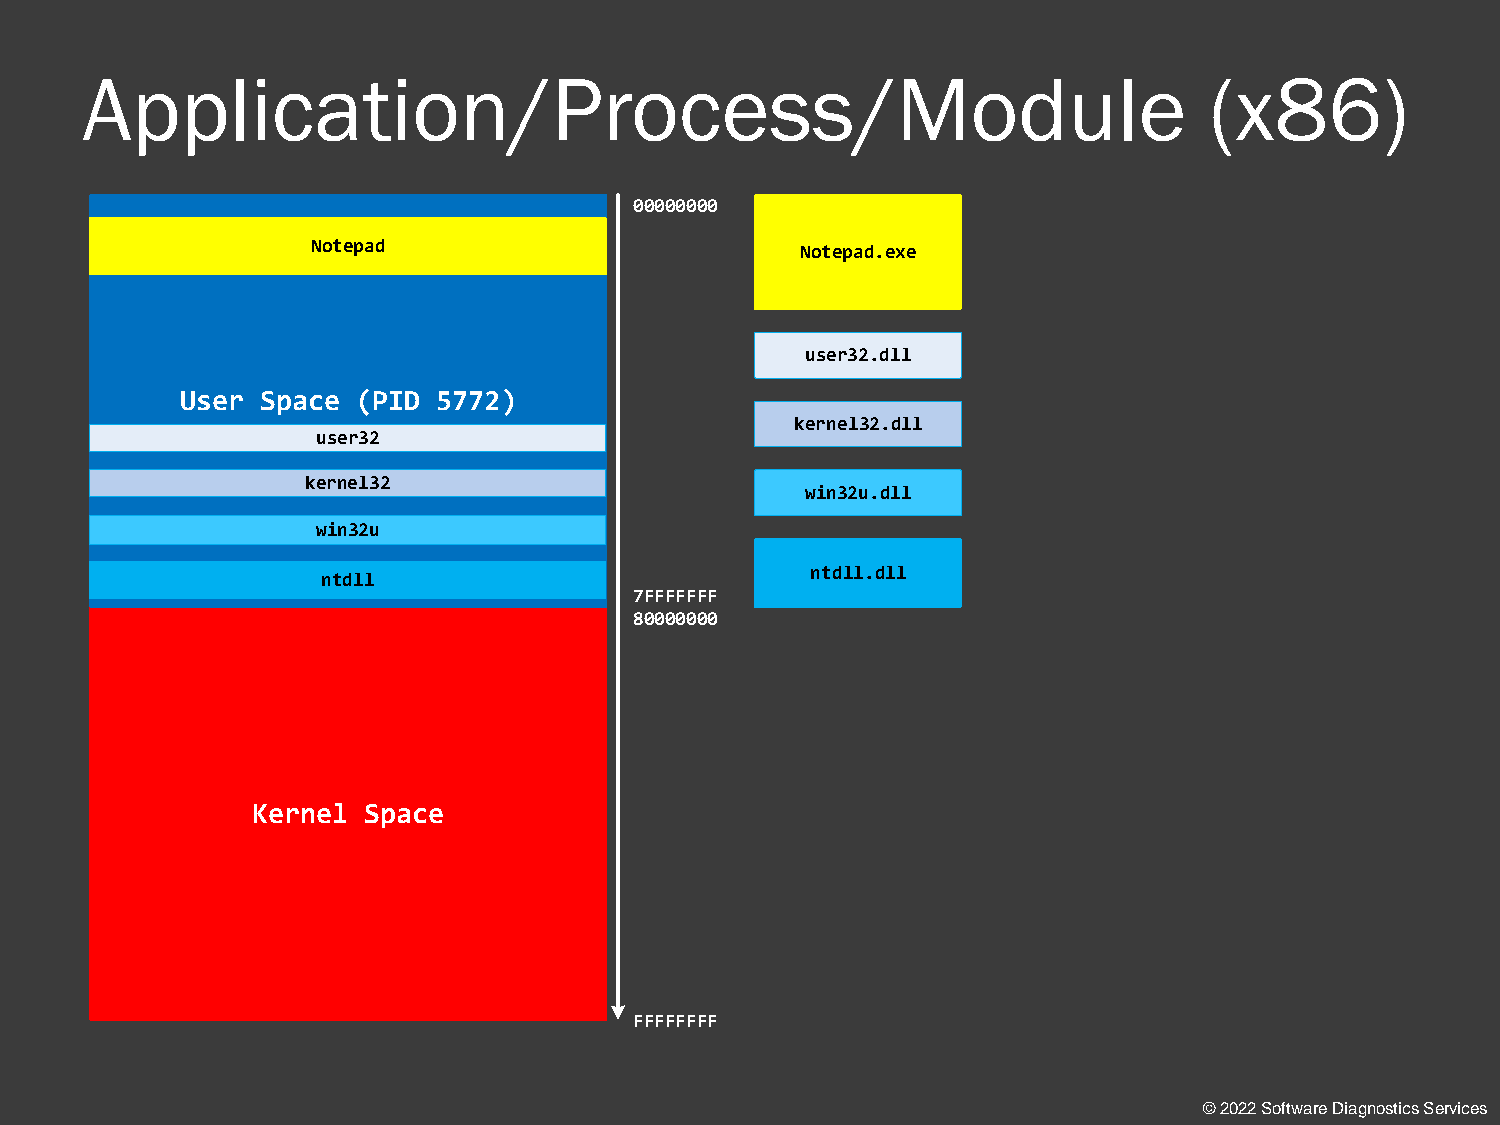
Application/Process/Module                                                 (x86)
 00000000
 Notepad                         Notepad.exe
 user32.dll
 User Space  (PID 5772)
 kernel32.dll
 user32
 kernel32
 win32u.dll
 win32u
 ntdll.dll
 ntdll
 7FFFFFFF
 80000000
 Kernel Space
 FFFFFFFF
 © 2022 Software Diagnostics Services